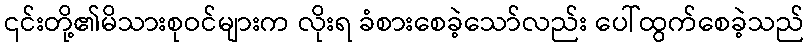
၎င်းတို့၏မိသားစုဝင်များက လိုးရ ခံစားစေခဲ့သော်လည်း ပေါ်ထွက်စေခဲ့သည်